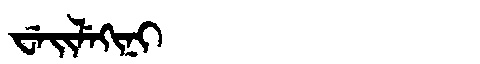
Manchu: ᠸᡝᡳᠯᡝᡴᡳᠨᡳ
Romanization: WEILEKINI